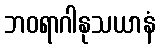
ဘဝရာဂါနုသယာနံ